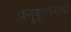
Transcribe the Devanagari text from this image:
अनुकूलनाची